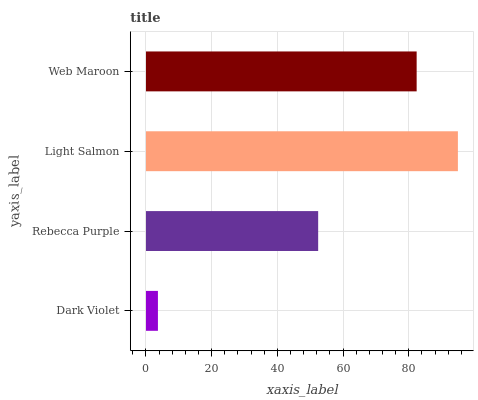
| yaxis_label | bars |
 | --- | --- |
 | Dark Violet | 3.64 |
 | Rebecca Purple | 52.4 |
 | Light Salmon | 95 |
 | Web Maroon | 82.4 |